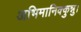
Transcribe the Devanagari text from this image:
अभिमानिक्कुन्नु।